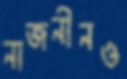
নাজনীনও